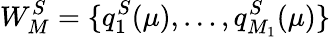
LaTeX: W_{M}^{S}=\{ q_{1}^{S}(\mu),\dots,q_{M_{1}}^{S}(\mu)\}